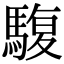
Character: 䮡